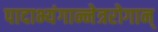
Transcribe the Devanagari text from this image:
पादाभ्यंगान्नेत्ररोगान्